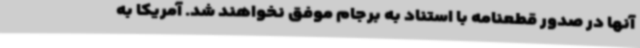
آنها در صدور قطعنامه با استناد به برجام موفق نخواهند شد. آمریکا به